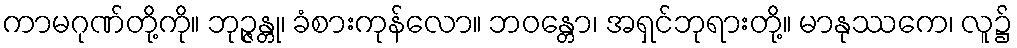
ကာမဂုဏ်တို့ကို။ ဘုဉ္ဇန္တု၊ ခံစားကုန်လော။ ဘဝန္တော၊ အရှင်ဘုရားတို့။ မာနုဿကေ၊ လူ၌